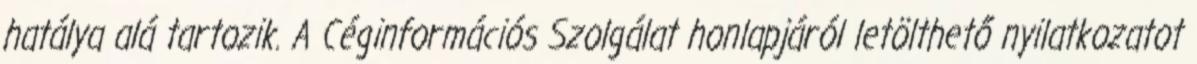
hatálya alá tartozik. A Céginformációs Szolgálat honlapjáról letölthető nyilatkozatot